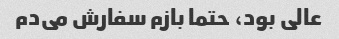
عالی بود، حتما بازم سفارش می‌دم